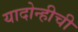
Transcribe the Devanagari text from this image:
यादोन्हीची